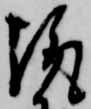
趣